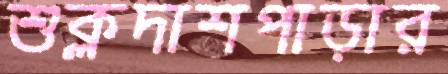
শুক্লদাশপাড়ার